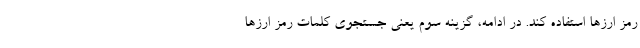
رمز ارزها استفاده کند. در ادامه، گزینه سوم یعنی جستجوی کلمات رمز ارزها